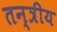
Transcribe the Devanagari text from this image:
तन्त्रीय